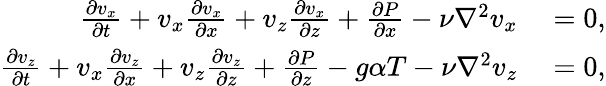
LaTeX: \begin{array}{rl}{\frac{\partial v_{x}}{\partial t}+v_{x}\frac{\partial v_{x}}{\partial x}+v_{z}\frac{\partial v_{x}}{\partial z}+\frac{\partial P}{\partial x}-\nu\nabla^{2}v_{x}}&{{}=0,}\\ {\frac{\partial v_{z}}{\partial t}+v_{x}\frac{\partial v_{z}}{\partial x}+v_{z}\frac{\partial v_{z}}{\partial z}+\frac{\partial P}{\partial z}-g\alpha T-\nu\nabla^{2}v_{z}}&{{}=0,}\end{array}